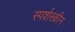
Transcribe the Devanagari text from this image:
स्पर्शस्क्रीन